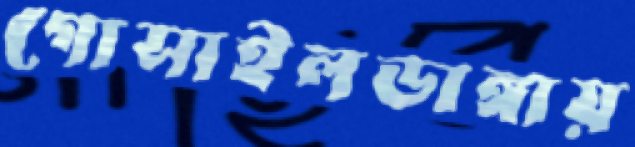
গোসাইলডাঙ্গায়